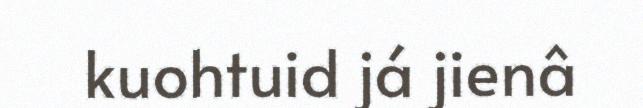
kuohtuid já jienâ